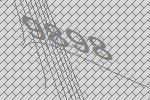
9898